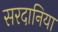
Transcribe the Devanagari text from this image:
सरदानिया